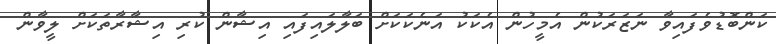
ކަންބޮޑުވެފައިވާ ނަޒަރަކުން އެމީހުން އެކަކު އަނެކަކަށް ބަލާލައިފައި އިޝާން ކުރި އިޝާރާތަކަށް ލީވާން